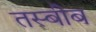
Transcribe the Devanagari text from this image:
तस्बीब